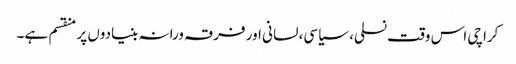
کراچی اس وقت نسلی، سیاسی، لسانی اور فرقہ ورانہ بنیادوں پر منقسم ہے۔